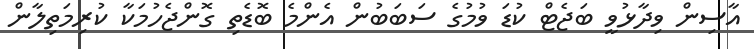
އާސިން ވިދާޅުވީ ބަޖެޓް ކުޑަ ވުމުގެ ސަބަބުން އެންމެ ބޮޑެތި ގޮންޖެހުމަކާ ކުރިމަތިލާން